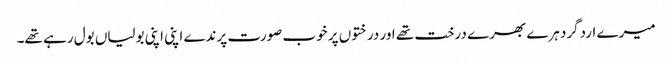
میرے اردگرد ہرے بھرے درخت تھے اور درختوں پر خوب صورت پرندے اپنی اپنی بولیاں بول رہے تھے۔